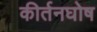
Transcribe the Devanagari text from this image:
कीर्तनघोष